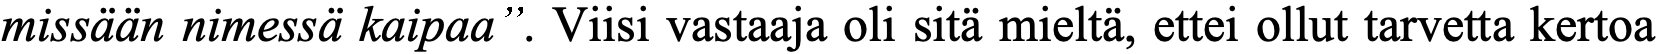
missään nimessä kaipaa”. Viisi vastaaja oli sitä mieltä, ettei ollut tarvetta kertoa